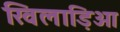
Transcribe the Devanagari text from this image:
खिलाड़िओ